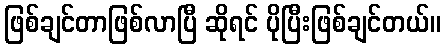
ဖြစ်ချင်တာဖြစ်လာပြီ ဆိုရင် ပိုပြီးဖြစ်ချင်တယ်။